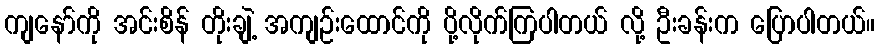
ကျနော်ကို အင်းစိန် တိုးချဲ့ အကျဉ်းထောင်ကို ပို့လိုက်ကြပါတယ် လို့ ဦးခန်းက ပြောပါတယ်။